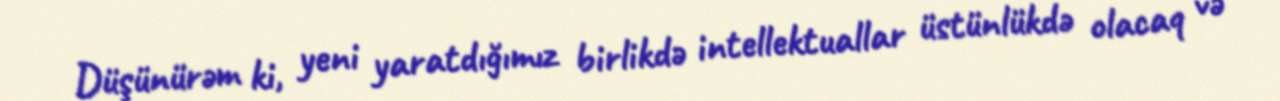
Düşünürəm ki, yeni yaratdığımız birlikdə intellektuallar üstünlükdə olacaq və